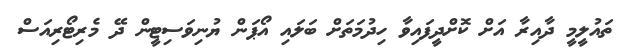
ތައުލީމީ ދާއިރާ އަށް ކޮށްދީފައިވާ ހިދުމަތަށް ބަލައި އޯޕަން ޔުނިވަސިޓީން ދޭ މެރިޓޯރިއަސް